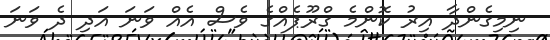
ނިމިގެންދާ އިރު ކޮންމެ ގްރޫޕެއްގެ ވެސް އެއް ވަނަ އަދި ދެ ވަނަ